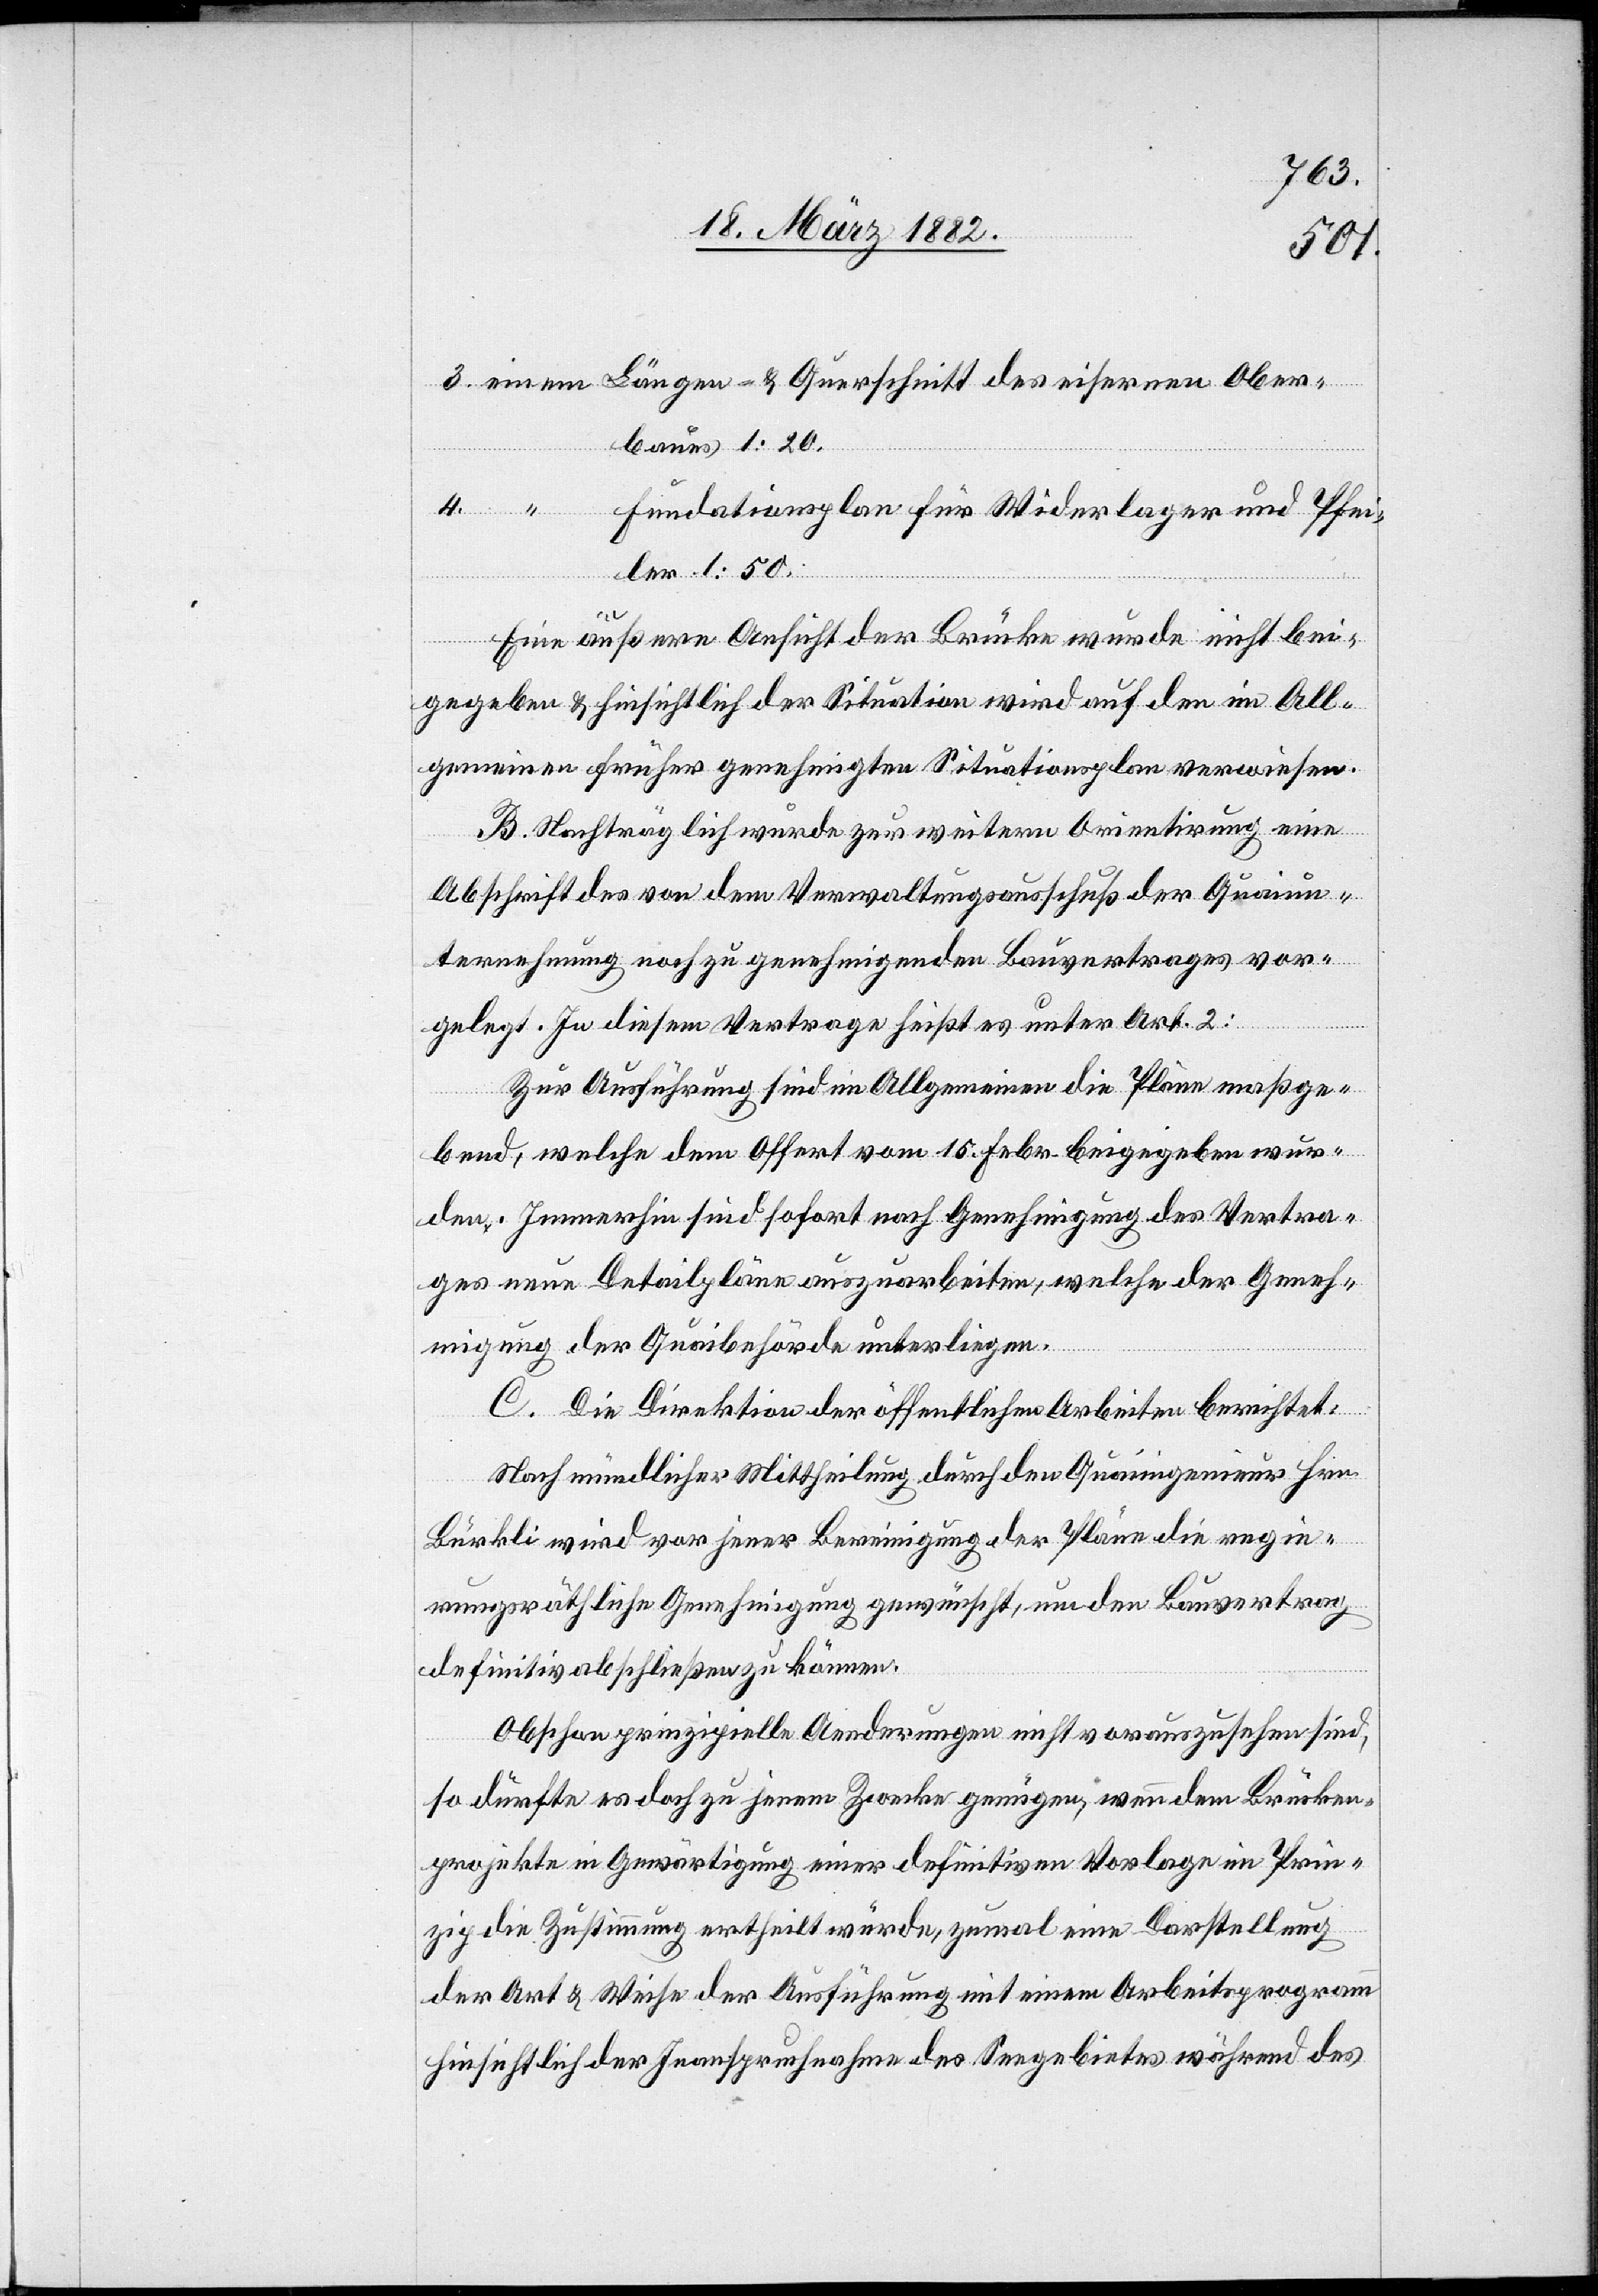
einem Längen- & Querschnitt des eisernen Ober¬
baues 1 : 20.
Fundationsplan für Widerlager und Pfei¬
ler 1 : 50.
4.
Eine äußere Ansicht der Brücke wurde nicht bei¬
gegeben & hinsichtlich der Situation wird auf den im All¬
gemeinen früher genehmigten Situationsplan verwiesen.
B. Nachträglich wurde zur weitern Orientierung eine
Abschrift des von dem Verwaltungsausschuß der Quaiun¬
ternehmung noch zu genehmigenden Bauvertrages vor¬
gelegt. In diesem Vertrage heißt es unter Art. 2:
Zur Ausführung sind im Allgemeinen die Pläne maßge¬
bend, welche dem Offert vom 15. Febr. beigegeben wur¬
den. Immerhin sind sofort nach Genehmigung des Vertra¬
ges neue Detailpläne auszuarbeiten, welche der Geneh¬
migung der Quaibehörde unterliegen.
C. Die Direktion der öffentlichen Arbeiten berichtet:
Nach mündlicher Mittheilung durch den Quaiingenieur Hrn.
Bürkli wird vor jener Bereinigung der Pläne die regie¬
rungsräthliche Genehmigung gewünscht, um den Bauvertrag
definitiv abschließen zu können.
Obschon prinzipielle Aenderungen nicht vorauszusehen sind,
so dürfte es doch zu jenem Zwecke genügen, wenn dem Brücken¬
projekte in Gewärtigung einer definitiven Vorlage im Prin¬
zip die Zustimmung ertheilt würde, zumal eine Darstellung
der Art & Weise der Ausführung mit einem Arbeitsprogramm
hinsichtlich der Inanspruchnahme des Seegebietes während des